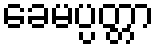
ခေမပ္ပတ္တာ